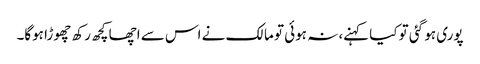
پوری ہو گئی تو کیا کہنے، نہ ہوئی تو مالک نے اس سے اچھا کچھ رکھ چھوڑا ہوگا۔